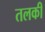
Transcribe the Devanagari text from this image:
तलकी